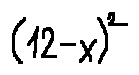
( 1 2 - x ) ^ { 2 }